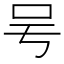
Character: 𠮲